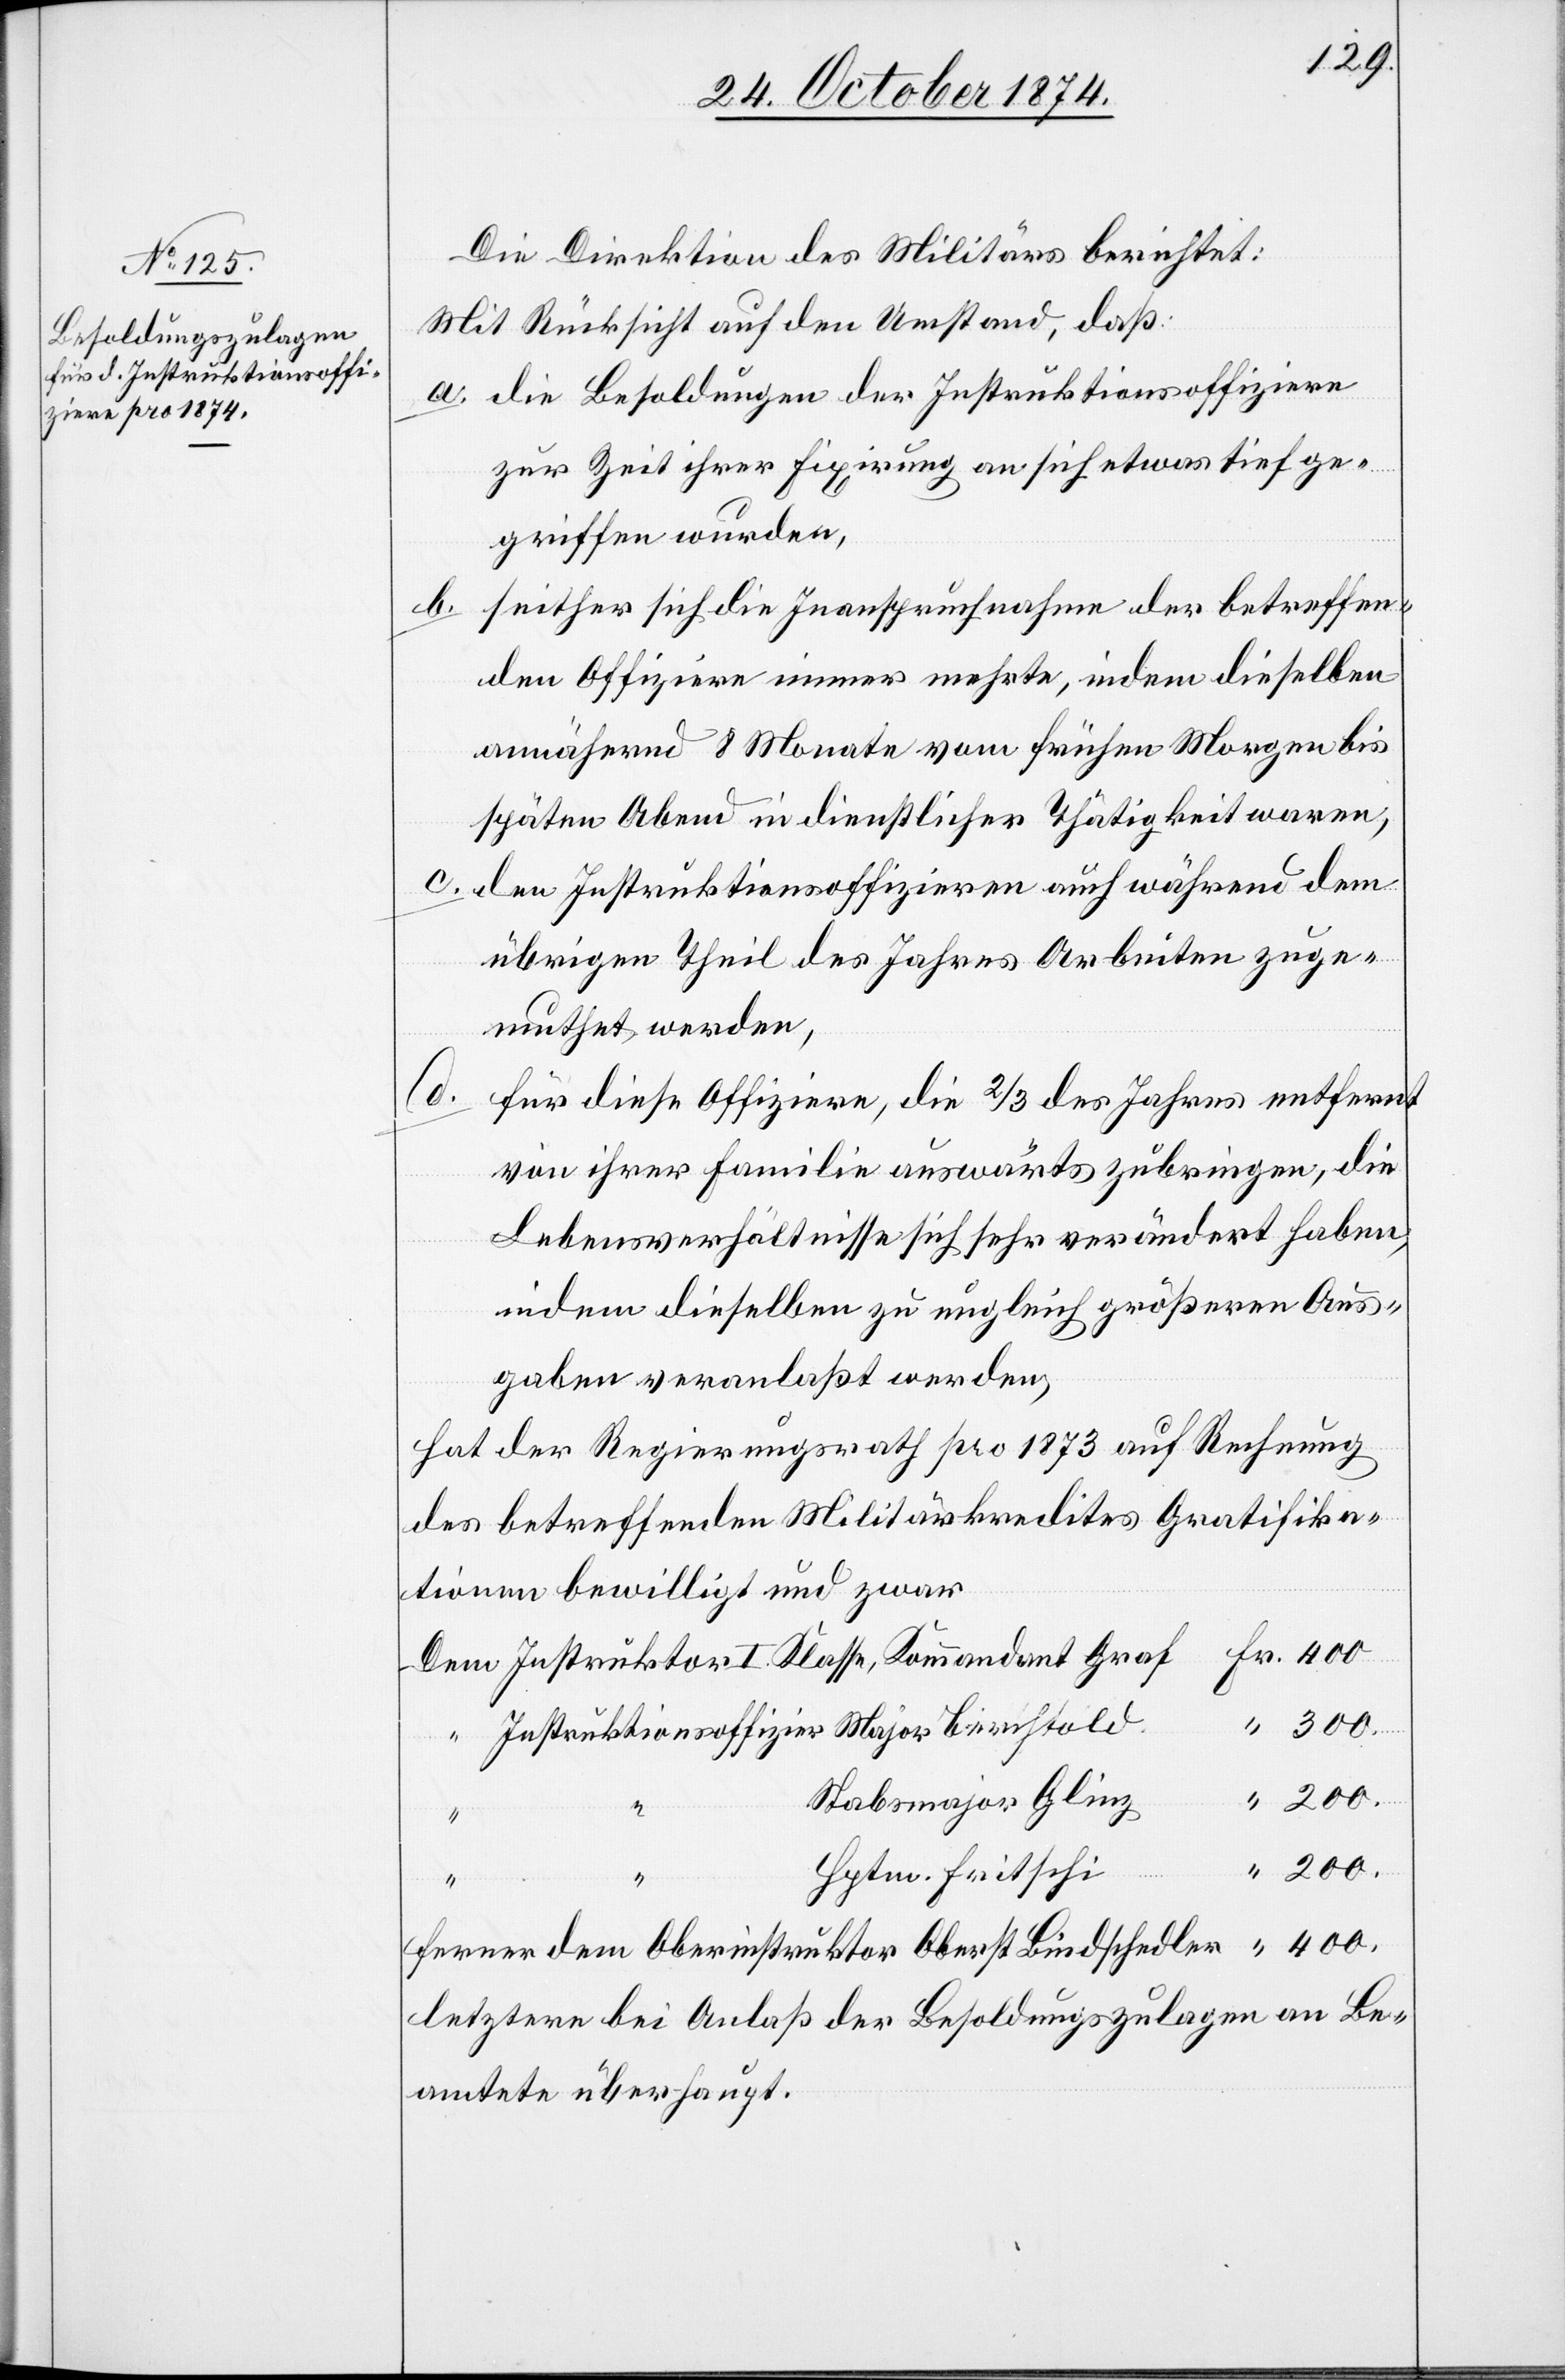
Instruktionsoffi¬

Die Direktion des Militärs berichtet:
Mit Rücksicht auf den Umstand, daß:
a. die Besoldungen der Instruktionsoffiziere
zur Zeit ihrer Fixirung an sich etwas tief ge¬
griffen wurden,
b.
seither sich die Inanspruchnahme der betreffen¬
den Offiziere immer mehrte, indem dieselben
annähernd 8 Monate vom frühen Morgen bis
späten Abend in dienstlicher Thätigkeit waren,
c. den Instruktionsoffizieren auch während dem
übrigen Theil des Jahres Arbeiten zuge¬
muthet werden,
Fr.
für diese Offiziere, die 2/3 des Jahres entfernt
von ihrer Familie auswärts zubringen, die
Lebensverhältnisse sich sehr verändert haben,
indem dieselben zu ungleich größeren Aus¬
gaben veranlaßt werden,
hat der Regierungsrath pro 1873 auf Rechnung
des betreffenden Militärkredites Gratifika¬
tionen bewilligt und zwar
200.
Stabsmajor Glinz
I.
Bindschedler
200.
Hptm. Fritschi
“
letztern bei Anlaß der Besoldungszulagen an Be¬
amtete überhaupt.